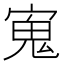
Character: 𭔉